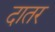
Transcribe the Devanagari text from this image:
दातर